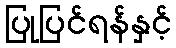
ပြုပြင်ရန်နှင့်